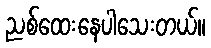
ညစ်ထေးနေပါသေးတယ်။